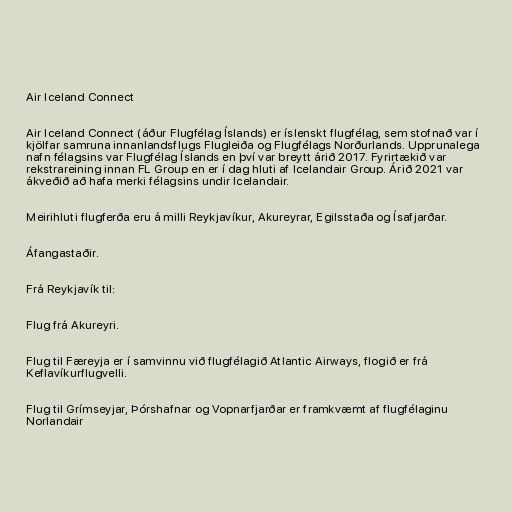
Air Iceland Connect

Air Iceland Connect (áður Flugfélag Íslands) er íslenskt flugfélag, sem stofnað var í
kjölfar samruna innanlandsflugs Flugleiða og Flugfélags Norðurlands. Upprunalega
nafn félagsins var Flugfélag Íslands en því var breytt árið 2017. Fyrirtækið var
rekstrareining innan FL Group en er í dag hluti af Icelandair Group. Árið 2021 var
ákveðið að hafa merki félagsins undir Icelandair.

Meirihluti flugferða eru á milli Reykjavíkur, Akureyrar, Egilsstaða og Ísafjarðar.

Áfangastaðir.

Frá Reykjavík til:

Flug frá Akureyri.

Flug til Færeyja er í samvinnu við flugfélagið Atlantic Airways, flogið er frá
Keflavíkurflugvelli.

Flug til Grímseyjar, Þórshafnar og Vopnarfjarðar er framkvæmt af flugfélaginu
Norlandair